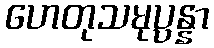
ဟေတုသမုပ္ပန္နာ